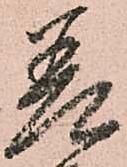
差